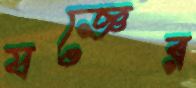
যজ্ঞের